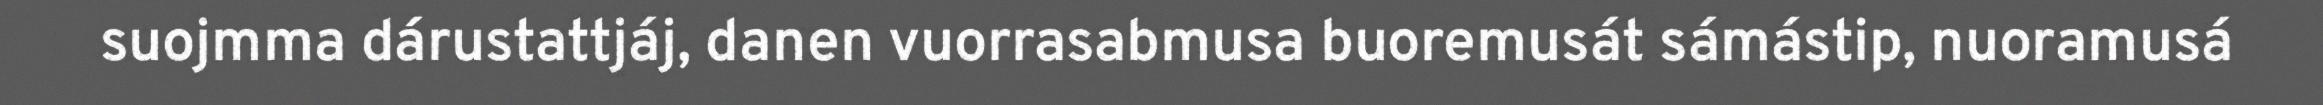
suojmma dárustattjáj, danen vuorrasabmusa buoremusát sámástip, nuoramusá